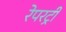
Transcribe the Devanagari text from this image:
रेपरट्री